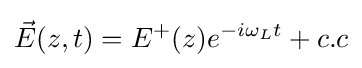
{\vec {E}}(z,t)=E^{+}(z)e^{-i\omega _{L}t}+c.c